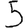
Digit: 5